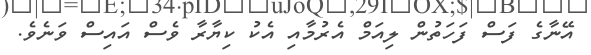
އޭނާގެ ފަސް ފަހަތުން ލިއަމް އެރުމާއި އެކު ކިޔާރާ ވެސް އައިސް ވަނެވެ.